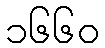
၁၆၆၀